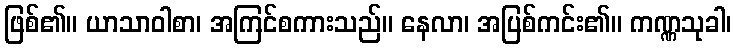
ဖြစ်၏။ ယာသာဝါစာ၊ အကြင်စကားသည်။ နေလာ၊ အပြစ်ကင်း၏။ ကဏ္ဏသုခါ၊